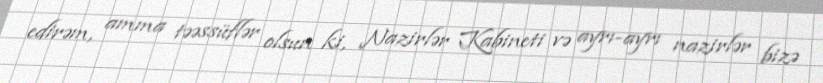
edirəm, amma təəssüflər olsun ki, Nazirlər Kabineti və ayrı-ayrı nazirlər bizə